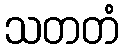
သတတံ